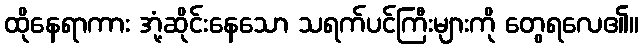
ထိုနေရာကား အုံ့ဆိုင်းနေသော သရက်ပင်ကြီးများကို တွေရလေ၏။